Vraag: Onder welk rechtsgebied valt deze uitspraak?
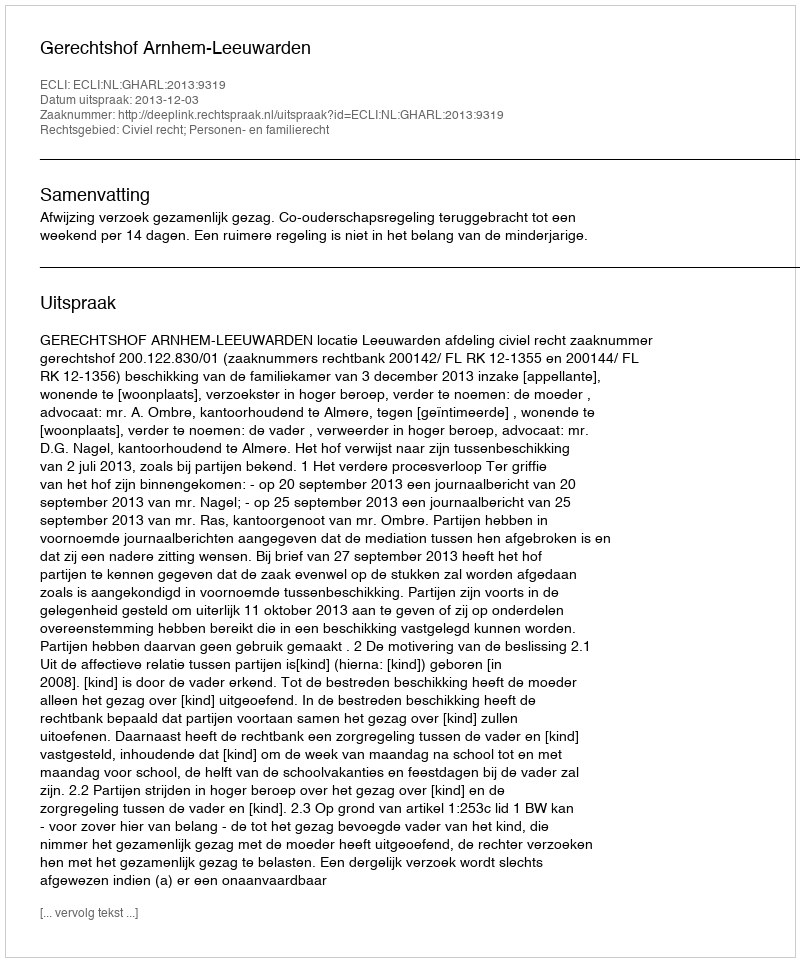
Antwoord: Civiel recht; Personen- en familierecht